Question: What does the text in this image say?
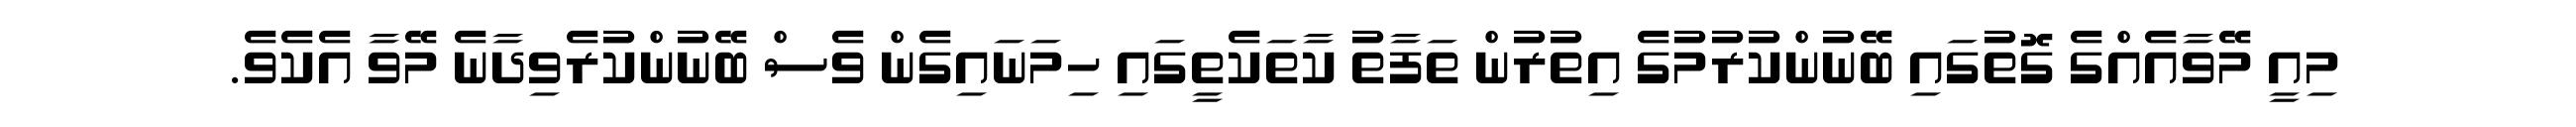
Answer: މިއީ މޭވާއެއްގެ ގޮތުގައި ބޭނުންކުރުމުގެ އިތުރުން ތަފާތު ކާތަކެތީގައި ހިމަނައިގެން ވެސް ބޭނުންކުރެވިދާނެ މޭވާ އެކެވެ.